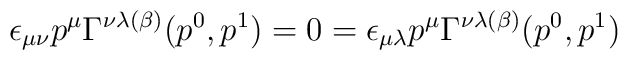
\epsilon_{\mu\nu} p^{\mu}\Gamma^{\nu\lambda (\beta)}(p^{0}, p^{1})= 0 = \epsilon_{\mu\lambda}p^{\mu}\Gamma^{\nu\lambda (\beta)}(p^{0}, p^{1})